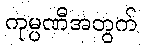
ကုမ္ပဏီအတွက်